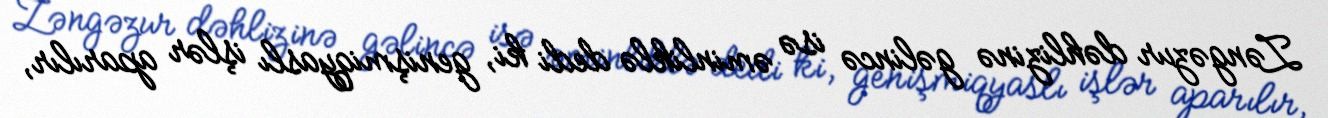
Zəngəzur dəhlizinə gəlincə isə əminliklə dedi ki, genişmiqyaslı işlər aparılır,